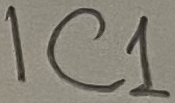
Text: IC1